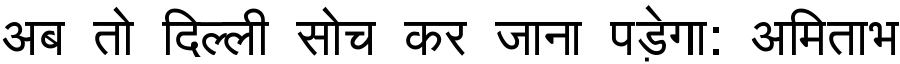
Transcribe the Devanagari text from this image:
अब तो दिल्ली सोच कर जाना पड़ेगा: अमिताभ